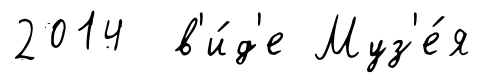
2014 в'и́д'е Муз'е́я